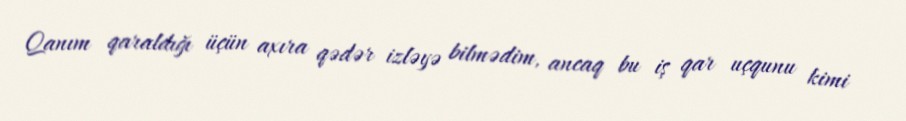
Qanım qaraldığı üçün axıra qədər izləyə bilmədim, ancaq bu iş qar uçqunu kimi